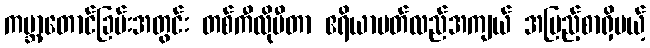
ကမ္ဘာ့တောင်ခြမ်းအတွင်း တစ်ကီလိုမီတာ ဧရိယာပတ်လည်အကျယ် အပြည့်စာရှိမယ့်